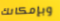
وبإمكانك